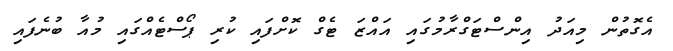
އެގޮތުން މިއަދު އިންސްޓަގްރާމުގައި އައްޒަ ޓެގް ކޮށްފައި ކުރި ޕޯސްޓެއްގައި މުއާ ބުނެފައި